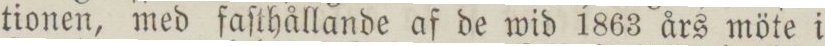
tionen, med faſthållande af de wid 1863 års möte i